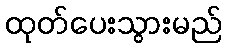
ထုတ်ပေးသွားမည်